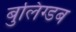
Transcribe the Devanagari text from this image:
बुलिंग्डब